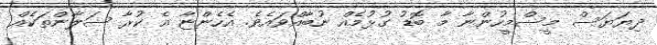
ދިޔަޔަސް މީސްމީހުންނާ މާ ބޮޑު ގުޅުމެއް ނުބާއްވައެވެ. އެހެންޏާ އެ ކުރާ ސަލާންތަކެއް